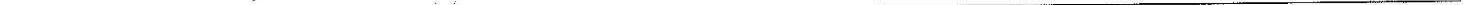
___